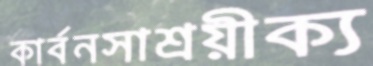
কার্বনসাশ্রয়ীক্য